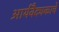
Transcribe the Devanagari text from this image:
आर्यवैद्यकाचे